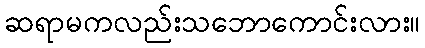
ဆရာမကလည်းသဘောကောင်းလား။